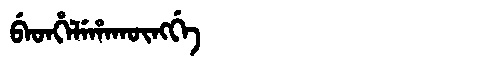
Manchu: ᠪᡝᡨᡥᡝᠯᡝᡥᠠᡴᡡᠩᡤᡝ
Romanization: BETHELEHAKŪNGGE